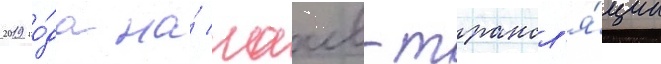
2019 го́да на́ лаив-трансл'я́ции